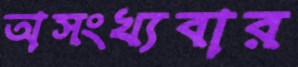
অসংখ্যবার